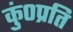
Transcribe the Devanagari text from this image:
कुं०प्रति